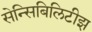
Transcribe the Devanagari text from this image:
सेन्सिबिलिटीझ